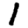
Digit: 1